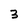
Character: 3